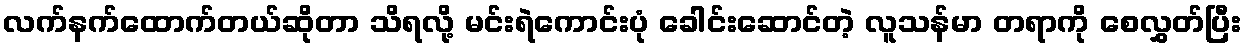
လက်နက်ထောက်တယ်ဆိုတာ သိရလို့ မင်းရဲကောင်းပုံ ခေါင်းဆောင်တဲ့ လူသန်မာ တရာကို စေလွှတ်ပြီး